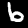
Label: 6